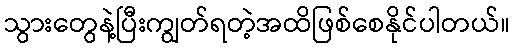
သွားတွေနဲ့ပြီးကျွတ်ရတဲ့အထိဖြစ်စေနိုင်ပါတယ်။